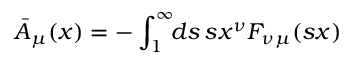
\bar { A } _ { \mu } ( x ) = - \int _ { 1 } ^ { \infty } \! \! d s \, s x ^ { \nu } F _ { \nu \mu } ( s x )